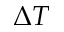
\Delta T